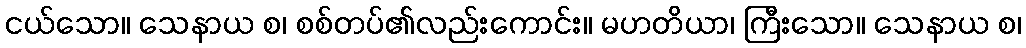
ငယ်သော။ သေနာယ စ၊ စစ်တပ်၏လည်းကောင်း။ မဟတိယာ၊ ကြီးသော။ သေနာယ စ၊